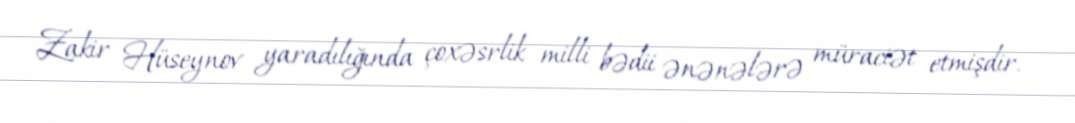
Zakir Hüseynov yaradılığında çoxəsrlik milli bədii ənənələrə müraciət etmişdir.